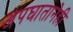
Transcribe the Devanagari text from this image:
अपघातानेही